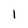
Character: l